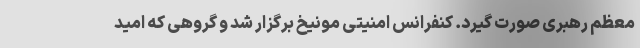
معظم رهبری صورت گیرد. کنفرانس امنیتی مونیخ برگزار شد و گروهی که امید